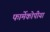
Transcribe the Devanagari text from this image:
फार्मेकोपीया